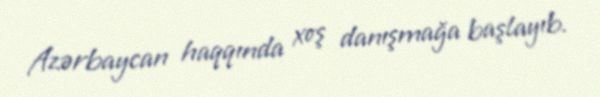
Azərbaycan haqqında xoş danışmağa başlayıb.